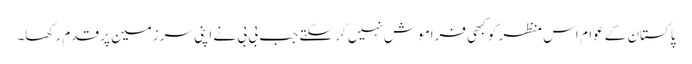
پاکستان کے عوام اس منظر کو کبھی فراموش نہیں کر سکتے جب بی بی نے اپنی سرزمین پر قدم رکھا۔